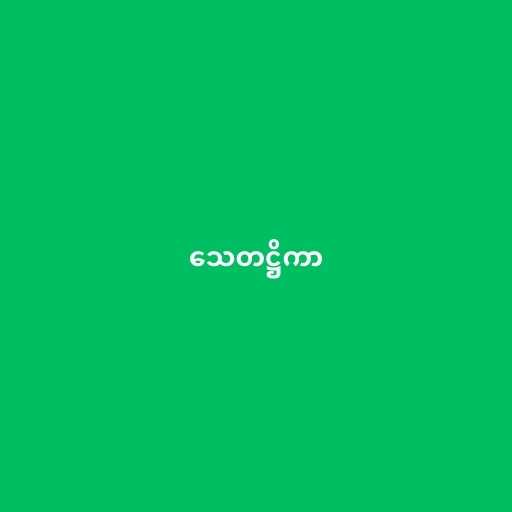
သေတဋ္ဌိကာ